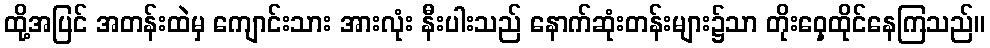
ထို့အပြင် အတန်းထဲမှ ကျောင်းသား အားလုံး နီးပါးသည် နောက်ဆုံးတန်းများ၌သာ တိုးဝှေ့ထိုင်နေကြသည်။